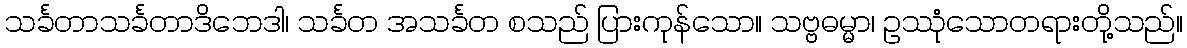
သင်္ခတာသင်္ခတာဒိဘေဒါ၊ သင်္ခတ အသင်္ခတ စသည် ပြားကုန်သော။ သဗ္ဗဓမ္မာ၊ ဥဿုံသောတရားတို့သည်။